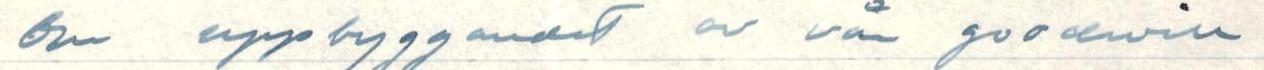
Om uppbryggandet av vår goodwill